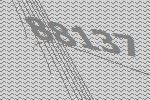
88137